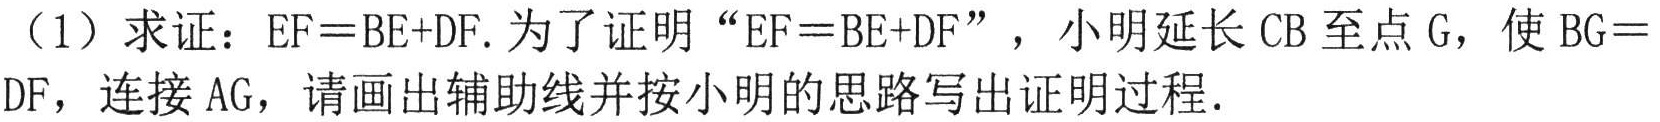
（1）求证：\(EF = BE + DF\). 为了证明“\(EF = BE + DF\)”，小明延长\(CB\)至点\(G\)，使\(BG = DF\)，连接\(AG\)，请画出辅助线并按小明的思路写出证明过程.